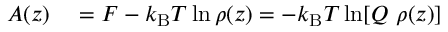
\begin{array} { r l } { A ( z ) } & { { } = F - k _ { \mathrm { B } } T \ln \rho ( z ) = - k _ { \mathrm { B } } T \ln [ Q \ \rho ( z ) ] } \end{array}